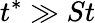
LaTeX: t^{*}\gg St